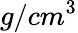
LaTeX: g/cm^{3}